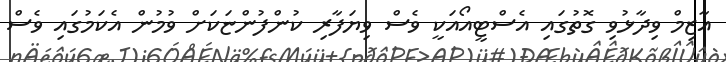
އާޒިމް ވިދާޅުވި ގޮތުގައި އެސްޓީއޯއަކީ ވެސް ވިޔަފާރި ކުންފުންޏަކަށް ވުމުން އެކަމުގައި ވެސް